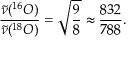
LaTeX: { \frac { { \tilde { \nu } } ( ^ { 1 6 } O ) } { { \tilde { \nu } } ( ^ { 1 8 } O ) } } = { \sqrt { \frac { 9 } { 8 } } } \approx { \frac { 8 3 2 } { 7 8 8 } } .